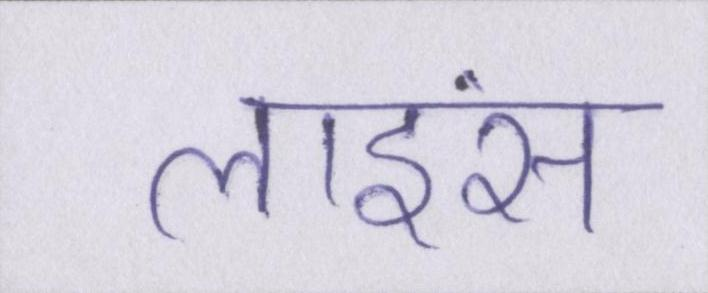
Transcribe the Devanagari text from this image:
लाइंस